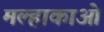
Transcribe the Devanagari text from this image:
मल्हाकाओ